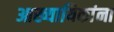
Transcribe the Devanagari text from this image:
आख्यायिकांना